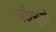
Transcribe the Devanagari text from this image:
कोत्सुको